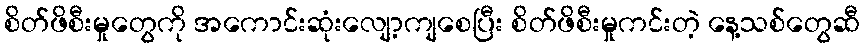
စိတ်ဖိစီးမှုတွေကို အကောင်းဆုံးလျော့ကျစေပြီး စိတ်ဖိစီးမှုကင်းတဲ့ နေ့သစ်တွေဆီ